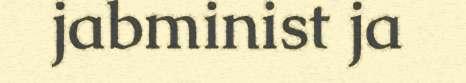
jabminist ja